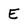
Character: E